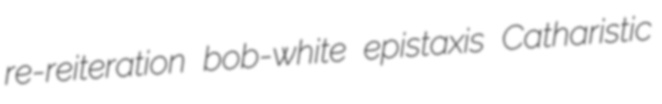
re-reiteration bob-white epistaxis Catharistic